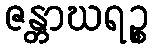
ဇန္တာဃရဉ္စ